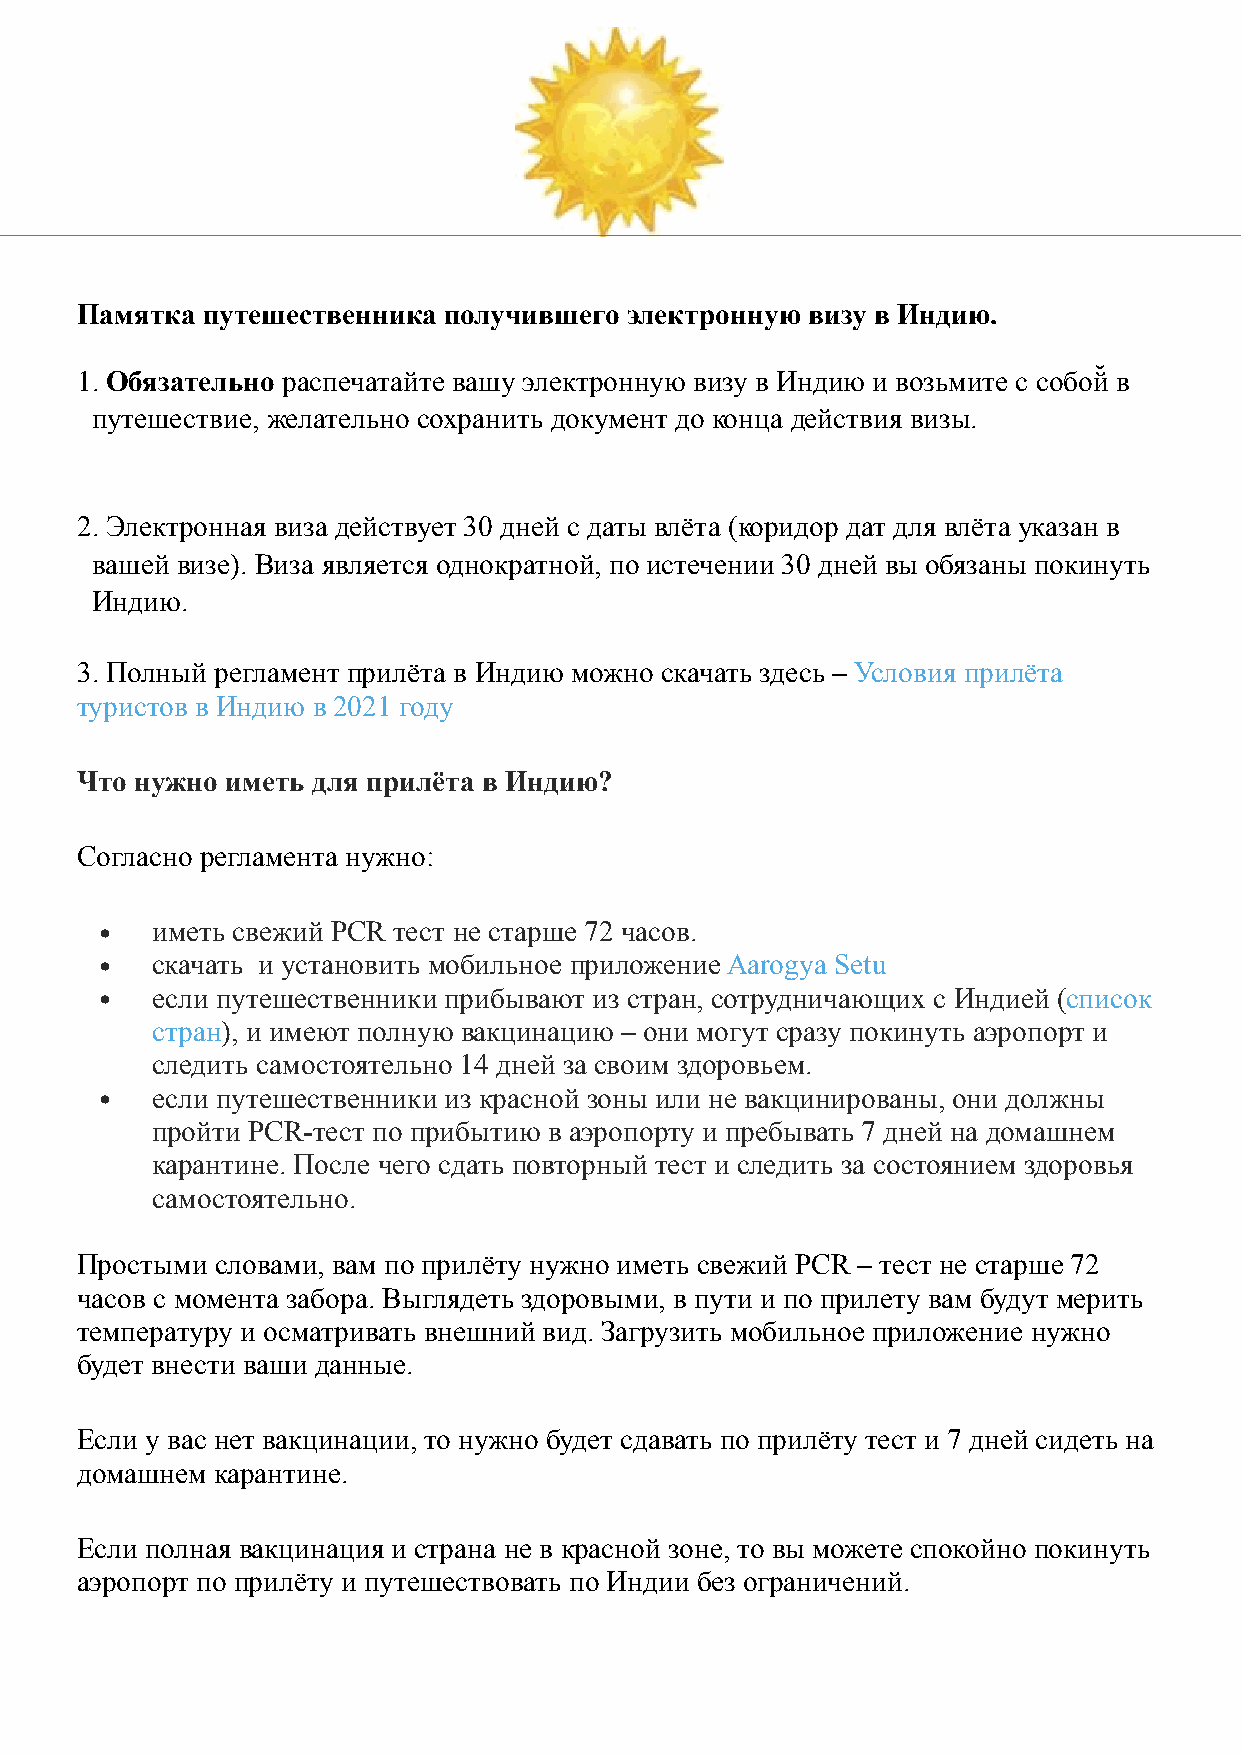
Памятка путешественника получившего электронную  визу в Индию.
 ̆
 1. Обязательно распечатайте вашу электронную визу в Индию и возьмите с собой в
 путешествие, желательно сохранить документ до конца действия визы.
 2. Электронная виза действует 30 дней с даты влёта (коридор дат для влёта указан в
 вашей визе). Виза является однократной, по истечении 30 дней вы обязаны покинуть
 Индию.
 3. Полный регламент прилёта в Индию можно скачать здесь – Условия прилёта
 туристов в Индию в 2021 году
 Что нужно иметь для прилёта в Индию?
 Согласно регламента нужно:
 •  иметь свежий PCR тест не старше 72 часов.
 •  скачать и установить мобильное приложение Aarogya Setu
 •  если путешественники прибывают из стран, сотрудничающих с Индией (список
 стран), и имеют полную вакцинацию – они могут сразу покинуть аэропорт и
 следить самостоятельно 14 дней за своим здоровьем.
 •  если путешественники из красной зоны или не вакцинированы, они должны
 пройти PCR-тест по прибытию в аэропорту и пребывать 7 дней на домашнем
 карантине. После чего сдать повторный тест и следить за состоянием здоровья
 самостоятельно.
 Простыми словами, вам по прилёту нужно иметь свежий PCR – тест не старше 72
 часов с момента забора. Выглядеть здоровыми, в пути и по прилету вам будут мерить
 температуру и осматривать внешний вид. Загрузить мобильное приложение нужно
 будет внести ваши данные.
 Если у вас нет вакцинации, то нужно будет сдавать по прилёту тест и 7 дней сидеть на
 домашнем карантине.
 Если полная вакцинация и страна не в красной зоне, то вы можете спокойно покинуть
 аэропорт по прилёту и путешествовать по Индии без ограничений.